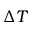
\Delta T